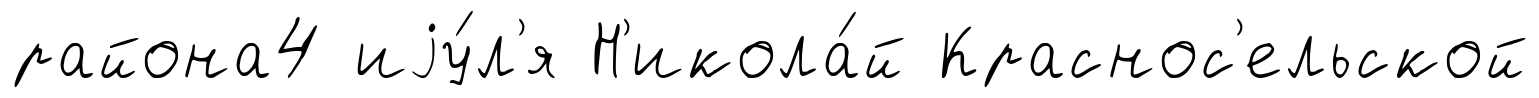
района4 иjу́л'я Н'икола́й Краснос'ельской